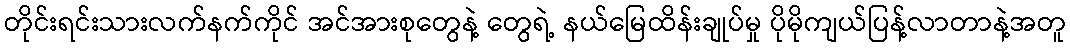
တိုင်းရင်းသားလက်နက်ကိုင် အင်အားစုတွေနဲ့ တွေရဲ့ နယ်မြေထိန်းချုပ်မှု ပိုမိုကျယ်ပြန့်လာတာနဲ့အတူ